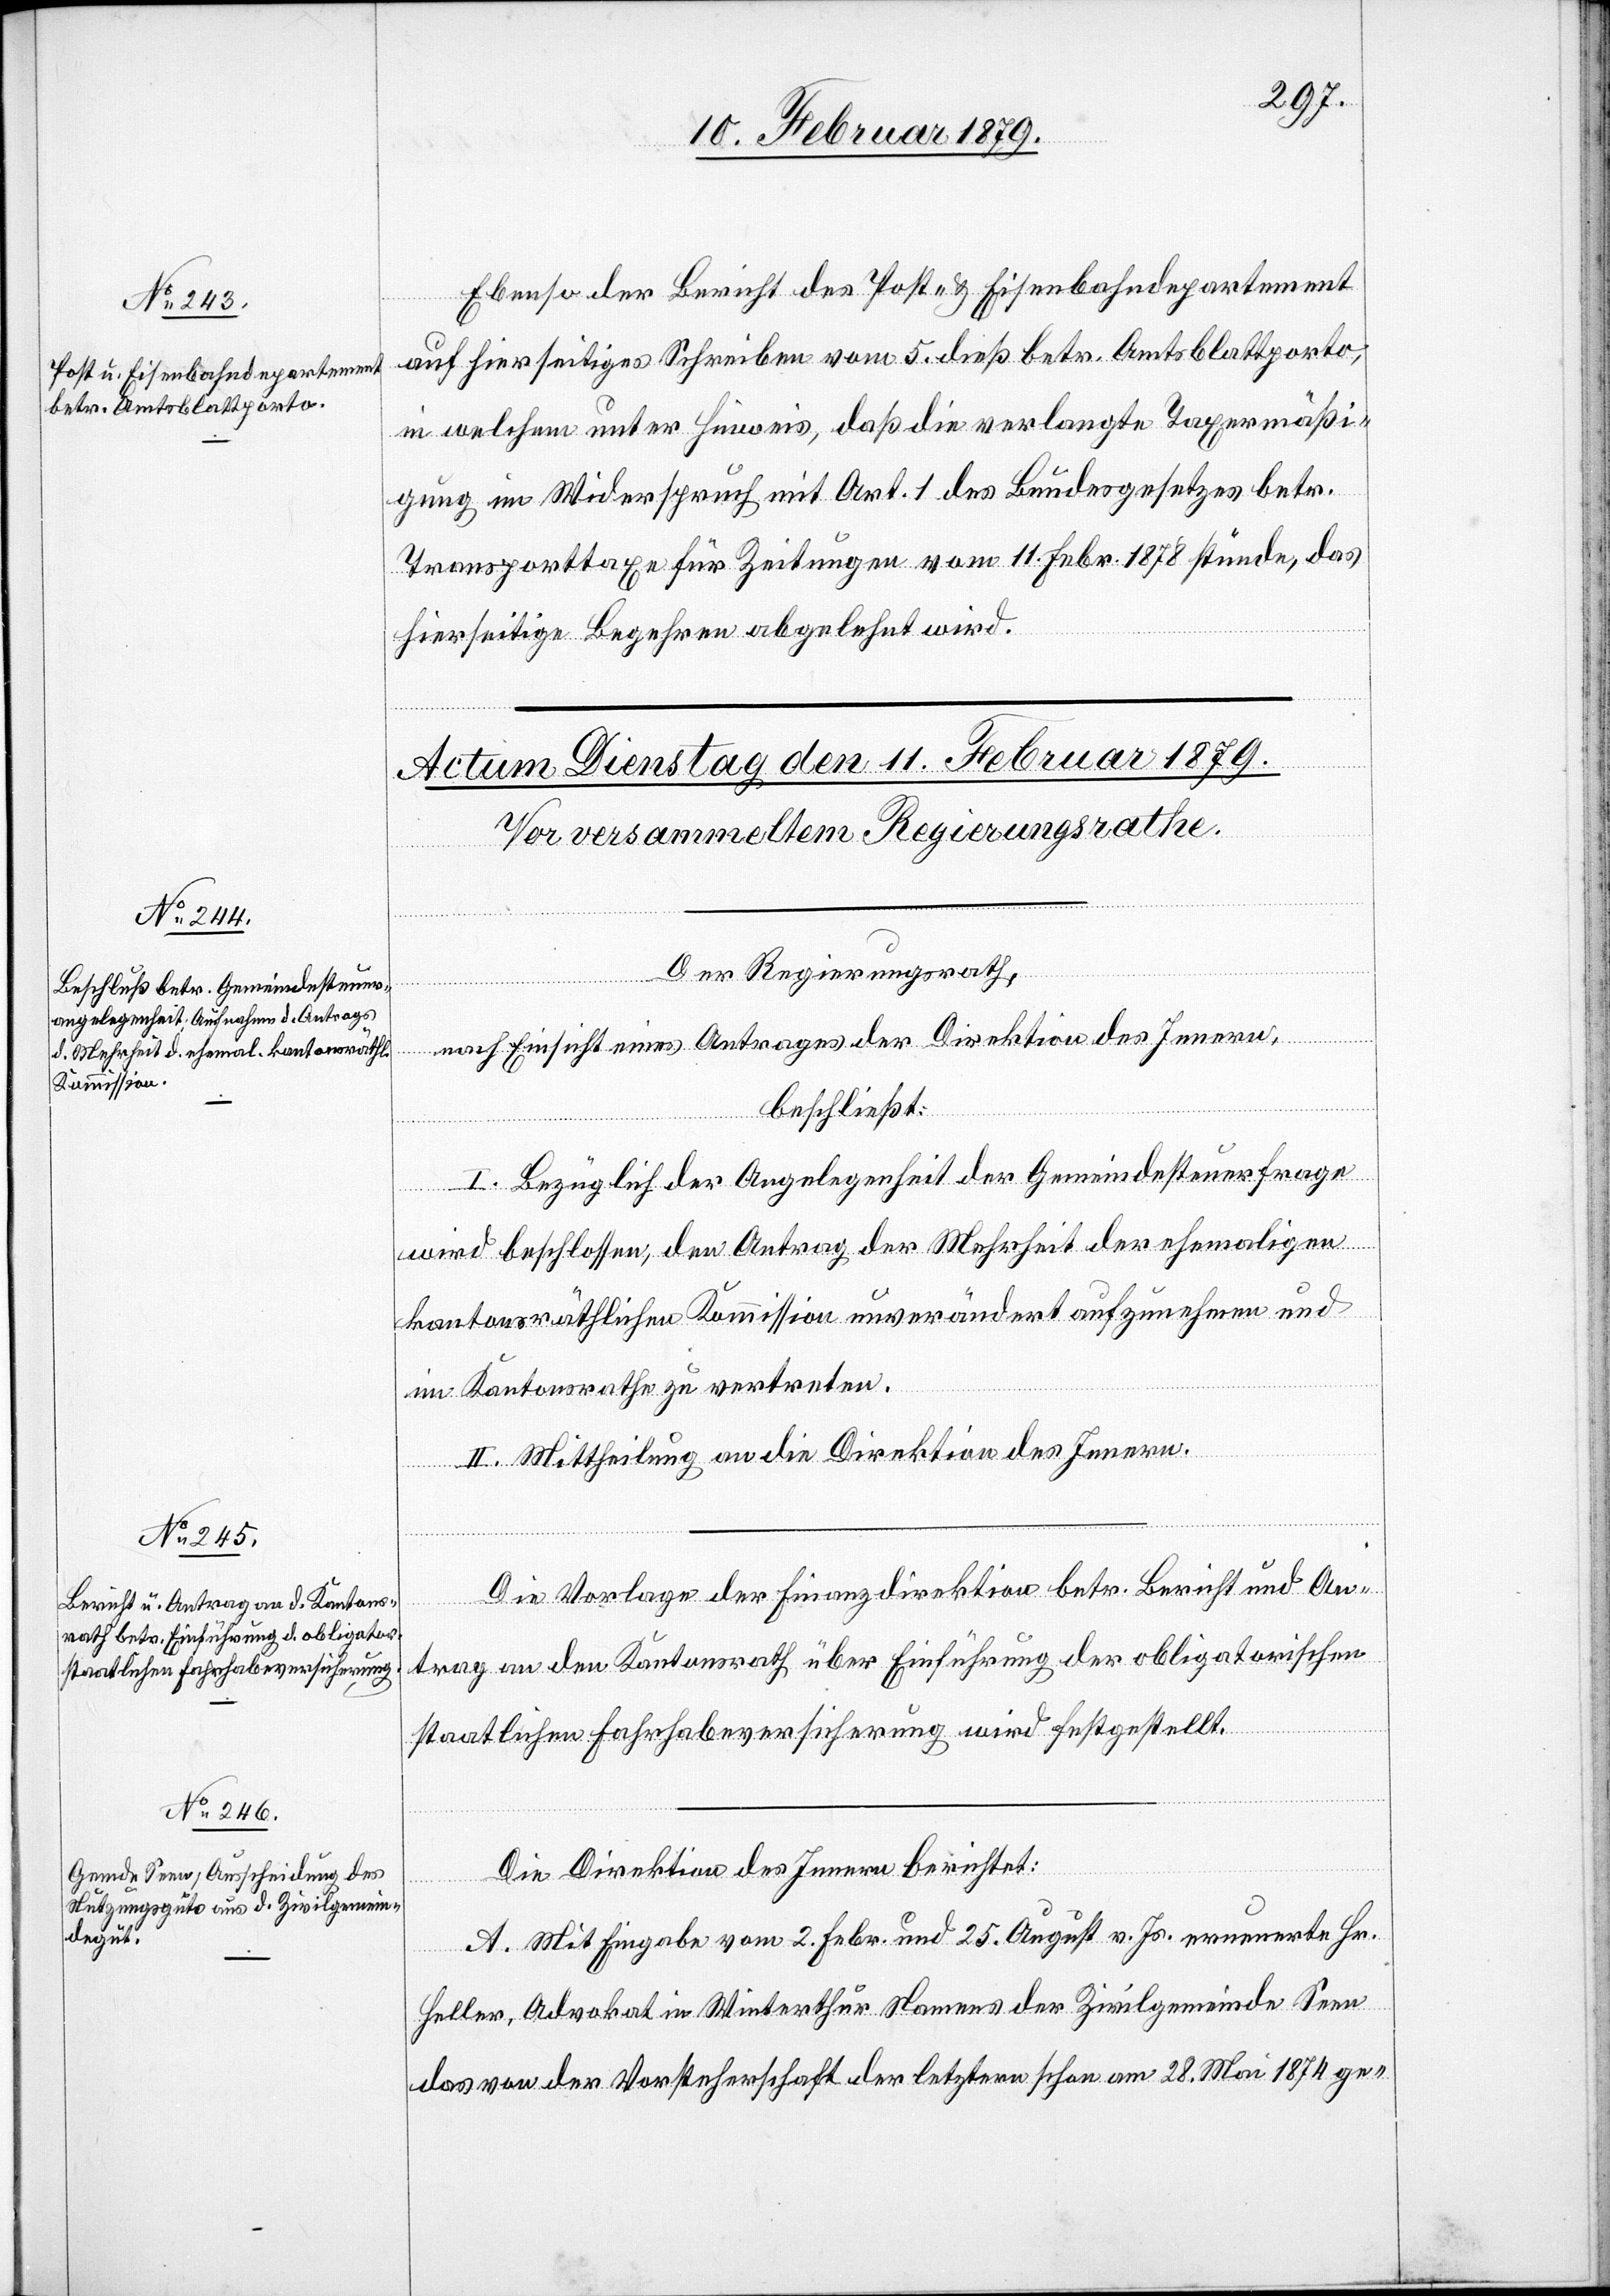
10. Februar 1879]
von
Ebenso der Bericht des Post- & Eisenbahndepartement
auf hierseitiges Schreiben vom 5. dieß betr. Amtsblattporto,
in welchem unter Hinweis, daß die verlangte Taxermäßi¬
gung im Widerspruch mit Art. 1 des Bundesgesetzes betr.
Transporttaxe für Zeitungen vom 11. Febr. 1878 stünde, das
hierseitige Begehren abgelehnt wird.
Der Regierungsrath,
nach Einsicht eines Antrages der Direktion des Innern,
beschließt:
I. Bezüglich der Angelegenheit der Gemeindesteuerfrage
wird beschlossen, den Antrag der Mehrheit der ehemaligen
kantonsräthlichen Kommission unverändert aufzunehmen und
im Kantonsrath zu vertreten.
II. Mittheilung an die Direktion des Innern.
Die Vorlage der Finanzdirektion betr. Bericht und An¬
trag an den Kantonsrath über Einführung der obligatorischen
staatlichen Fahrhabeversicherung wird festgestellt.
Die Direktion des Innern berichtet:
A. Mit Eingabe vom 2. Febr. und 25. August v. Js. erneuerte Hr.
Heller, Advokat in Winterthur Namens der Zivilgemeinde Seen
das von der Vorsteherschaft der letztern schon am 28. Mai 1874 ge-